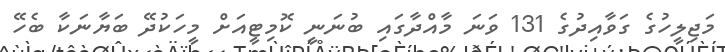
މަޖިލީހުގެ ގަވާއިދުގެ 131 ވަނަ މާއްދާގައި ބުނަނީ ކޮމިޓީއަށް މީހަކުދޭ ބަޔާނަކާ ބެހޭ